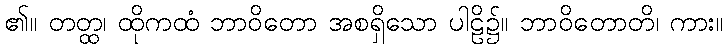
၏။ တတ္ထ၊ ထိုကထံ ဘာဝိတော အစရှိသော ပါဠိ၌။ ဘာဝိတောတိ၊ ကား။